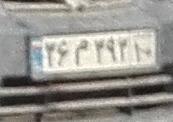
۳۶م۳۹۳۱۰